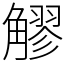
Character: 䚧